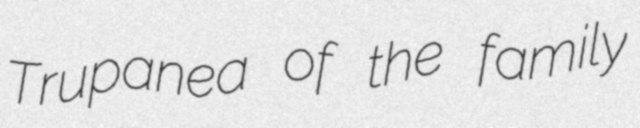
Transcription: Trupanea of the family